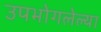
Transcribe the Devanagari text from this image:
उपभोगलेल्या